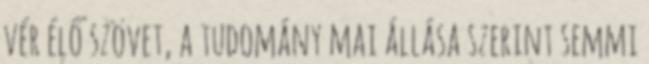
vér élő szövet, a tudomány mai állása szerint semmi